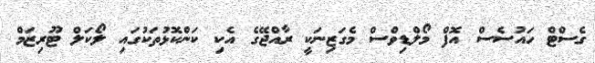
ގެސްޓް ހައުސެސް އޮފް މޯލްޑިވްސް މެގަޒިނަކީ ރާއްޖޭގެ އެކި ކަންކޮޅުތަކުގައި ލޯކަލް ޓޫރިޒަމް